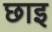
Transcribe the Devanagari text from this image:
छाइ